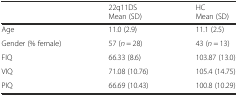
|  | 22q11DSMean (SD) | HCMean (SD) |
 | --- | --- | --- |
 | Age | 11.0 (2.9) | 11.1 (2.5) |
 | Gender (% female) | 57 (n = 28) | 43 (n = 13) |
 | FIQ | 66.33 (8.6) | 103.87 (13.0) |
 | VIQ | 71.08 (10.76) | 105.4 (14.75) |
 | PIQ | 66.69 (10.43) | 100.8 (10.29) |